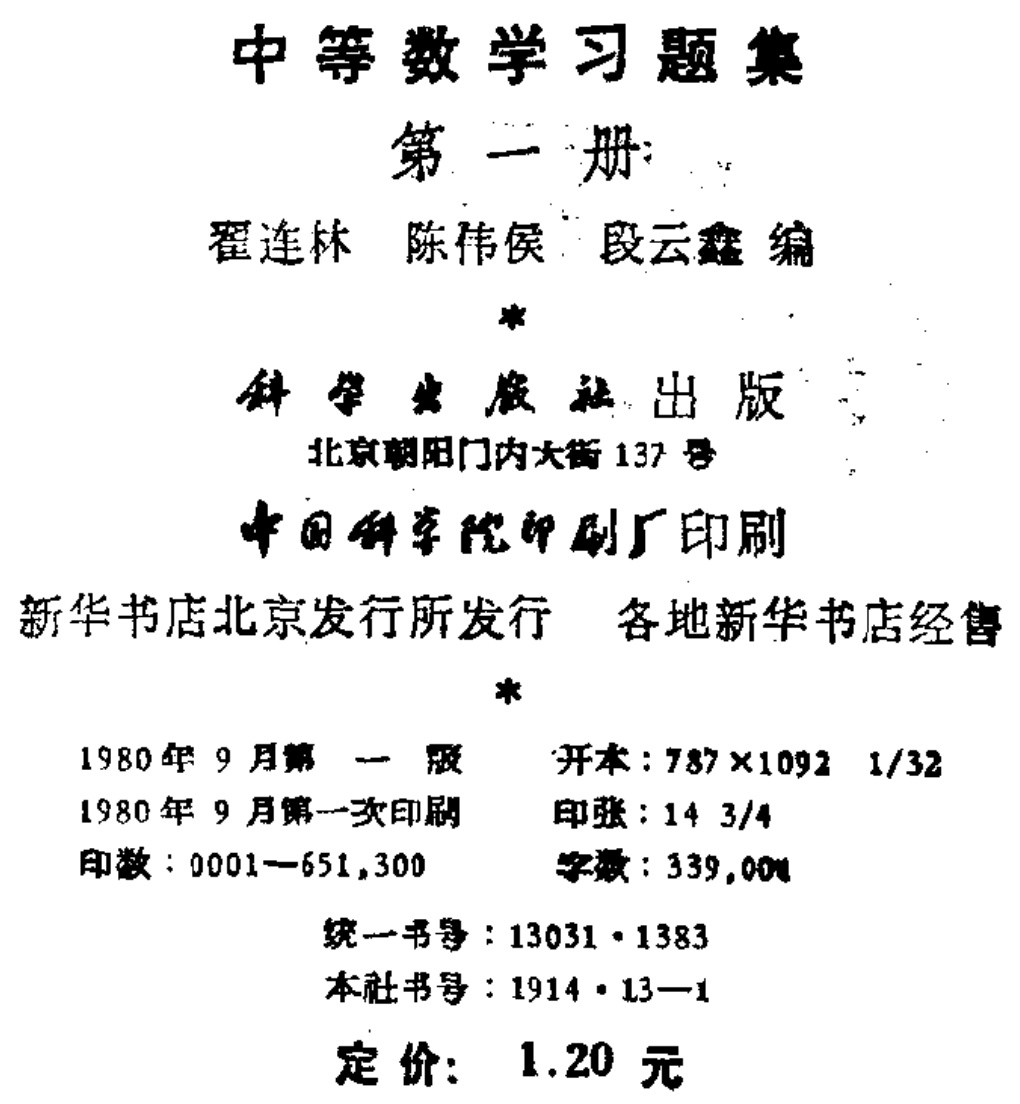
\documentclass{article}

\begin{document}

\textbf{中等数学习题集}

第一册

翟连林 陈伟侯 段云鑫 编

*

科学出版社出版

北京朝阳门内大街137号

中国科学院印刷厂印刷

新华书店北京发行所发行 各地新华书店经售

*

1980年9月第一版 开本：787×1092 1/32

1980年9月第一次印刷 印张：14 3/4

印数：0001—651,300 字数：339,000

统一书号：13031·1383

本社书号：1914·13—1

定价：1.20元

\end{document}